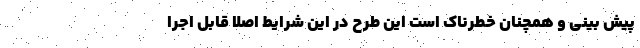
پیش بینی و همچنان خطرناک است این طرح در این شرایط اصلا قابل اجرا